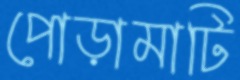
পোড়ামাটি